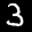
Label: 3